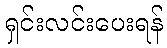
ရှင်းလင်းပေးရန်